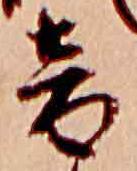
音